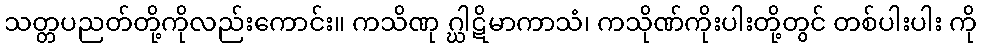
သတ္တပညတ်တို့ကိုလည်းကောင်း။ ကသိဏု ဂ္ဃါဋိမာကာသံ၊ ကသိုဏ်ကိုးပါးတို့တွင် တစ်ပါးပါး ကို